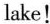
lake!